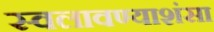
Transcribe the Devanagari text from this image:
स्वलावण्याशंसा